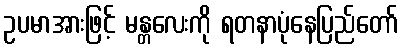
ဥပမာအားဖြင့် မန္တလေးကို ရတနာပုံနေပြည်တော်